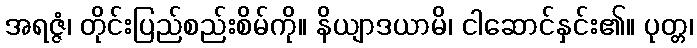
အရဇ္ဇံ၊ တိုင်းပြည်စည်းစိမ်ကို။ နိယျာဒယာမိ၊ ငါဆောင်နှင်း၏။ ပုတ္တ၊